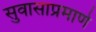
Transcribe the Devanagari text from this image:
सुवासाप्रमाणे